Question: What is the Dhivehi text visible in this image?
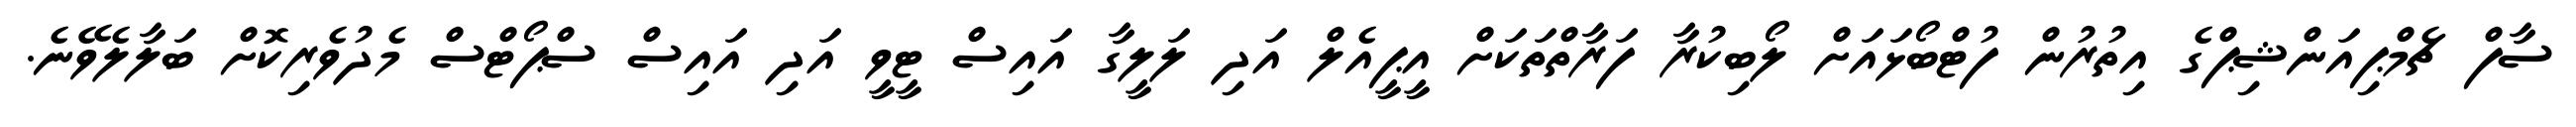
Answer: ސާފް ޗެމްޕިއަންޝިޕްގެ އިތުރުން ފުޓްބޯޅައަށް ލޯބިކުރާ ފަރާތްތަކަށް އީޕީއެލް އަދި ލަލީގާ އައިސް ޓީވީ އަދި އައިސް ސްޕޯޓްސް މެދުވެރިކޮށް ބަލާލެވޭނެ.